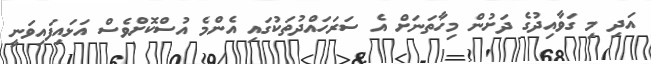
އަދި މި ގަވާއިދުގެ ދަށުން މިހާތަނަށް އެ ސަރަހައްދުތަކުގައި އެންމެ އުސްކޮށްވެސް އަޅައިފައިވަނީ